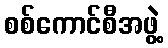
စစ်ကောင်စီအဖွဲ့